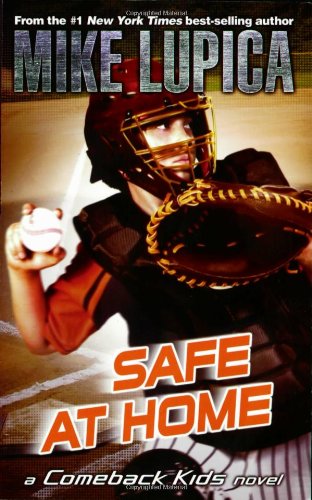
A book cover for Safe at Home (Comeback Kids); Mike Lupica; Children's Books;